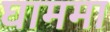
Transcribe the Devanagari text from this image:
घाममा